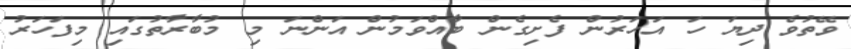
ވޭތުވެ ދިޔަ ހަ އަހަރުން ފެށިގެން ބާއްވަމުން އަންނަ މި މުބާރާތުގައި މިފަހަރު